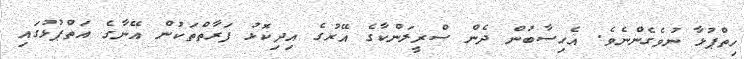
ހިތްޕުޅާ ނުވެގެންނެވެ. އެހިސާބުން ދެން ސްރީލަންކާގެ އޭރުގެ އިދިކޮޅު ފަރާތްތަކުން އޭނާގެ އަތްޕުޅުގައި